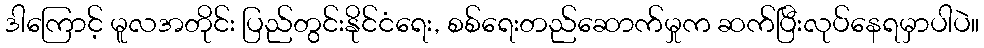
ဒါကြောင့် မူလအတိုင်း ပြည်တွင်းနိုင်ငံရေး, စစ်ရေးတည်ဆောက်မှုက ဆက်ပြီးလုပ်နေရမှာပါပဲ။